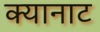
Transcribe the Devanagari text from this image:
क्यानाट